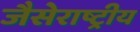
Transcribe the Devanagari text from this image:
जैसेराष्ट्रीय